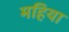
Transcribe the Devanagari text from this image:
महिया